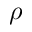
\rho